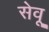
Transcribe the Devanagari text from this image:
सेवू